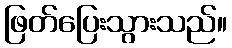
ဖြတ်ပြေးသွားသည်။